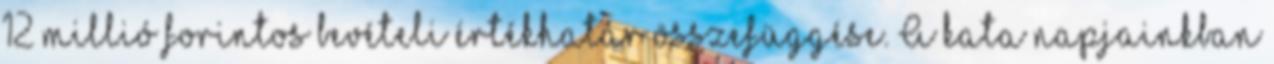
12 millió forintos bevételi értékhatár összefüggése. A kata napjainkban